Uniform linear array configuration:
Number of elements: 8
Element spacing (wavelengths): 1
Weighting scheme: exponential
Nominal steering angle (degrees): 0
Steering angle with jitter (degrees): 0.02084
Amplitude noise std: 0.05
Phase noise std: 0.05

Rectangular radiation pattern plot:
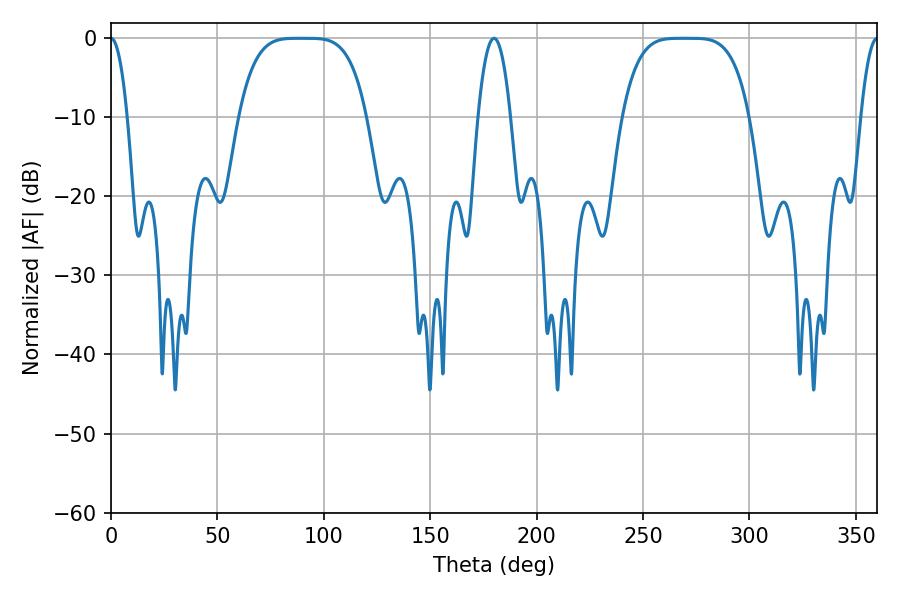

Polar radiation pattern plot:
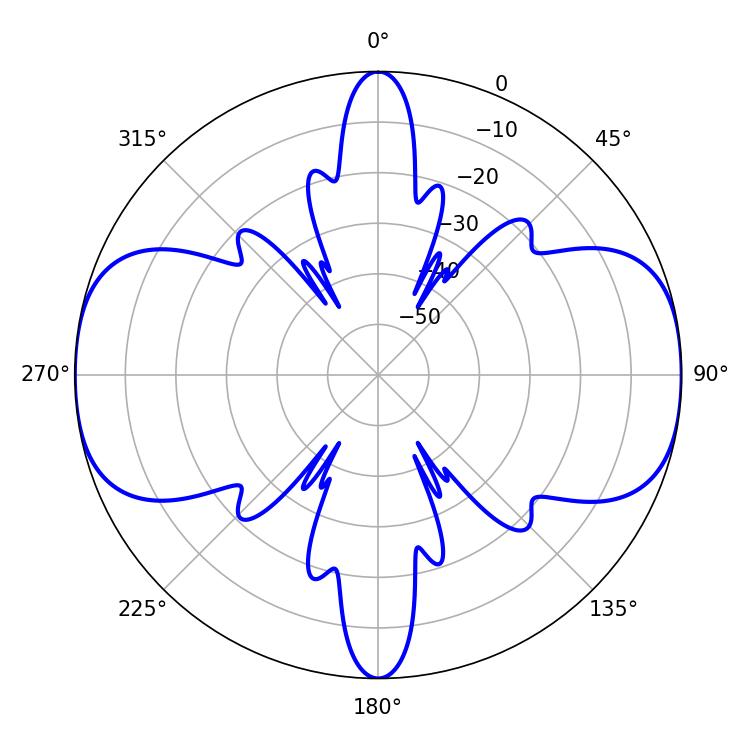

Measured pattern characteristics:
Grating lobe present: TRUE
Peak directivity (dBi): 28.05
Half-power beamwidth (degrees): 44.64
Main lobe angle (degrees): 268.74